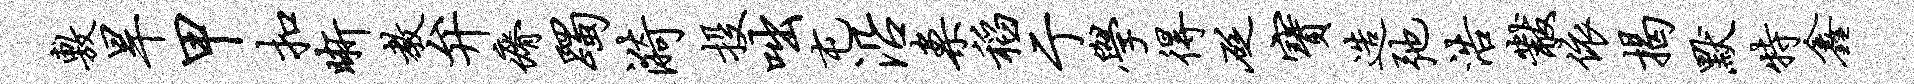
敷旱甲扣晰教弁瘠躅漪投咄屯沿案稻亍学得砭宝造弛浩黻依揭默特鑫